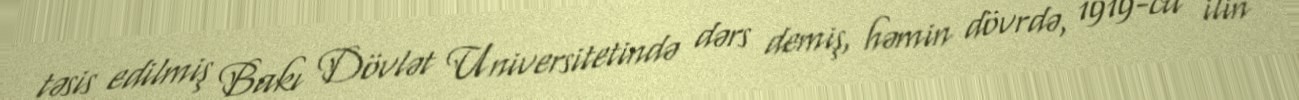
təsis edilmiş Bakı Dövlət Universitetində dərs demiş, həmin dövrdə, 1919-cu ilin